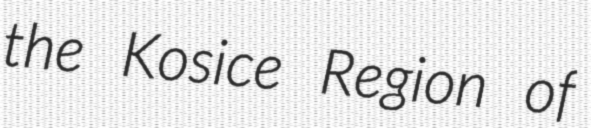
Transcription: the Kosice Region of